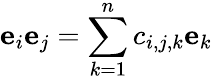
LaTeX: \mathbf{e}_{i}\mathbf{e}_{j}=\sum_{k=1}^{n}c_{i,j,k}\mathbf{e}_{k}